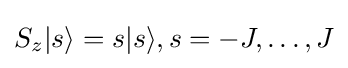
S_{z}|s\rangle =s|s\rangle ,s=-J,\dots ,J